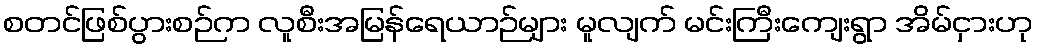
စတင်ဖြစ်ပွားစဉ်က လူစီးအမြန်ရေယာဉ်များ မူလျက် မင်းကြီးကျေးရွာ အိမ်ငှားဟု